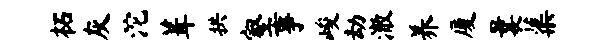
柘灰沱葺拱壑事峻劫澈养厦曩蕖